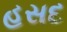
હસદ